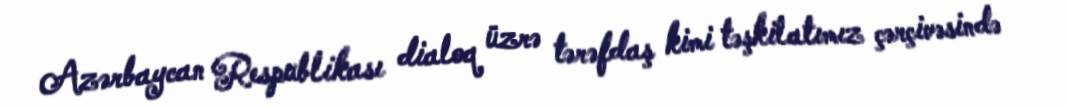
Azərbaycan Respublikası dialoq üzrə tərəfdaş kimi təşkilatımız çərçivəsində